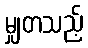
မျှတသည့်